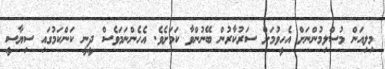
މިލިއަން މުސްލިމުންނަށް އެހީވުމަށް ސަރުކާރުން ބޭނުންވާ ކަމަށެވެ. އެހެންނަމަވެސް ދީނީ ކަންކަމުގައި ސިޔާސީ